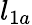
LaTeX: l_{1a}